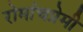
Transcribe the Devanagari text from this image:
रोमांचप्रेमी